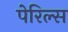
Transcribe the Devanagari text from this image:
पेरिल्स